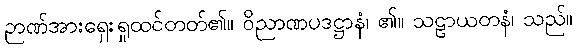
ဉာဏ်အားရှေးရှုထင်တတ်၏။ ဝိညာဏပဒဋ္ဌာနံ၊ ၏။ သဠာယတနံ၊ သည်။